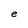
Character: e